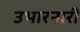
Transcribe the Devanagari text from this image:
उभारनारी